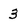
Character: 3